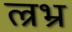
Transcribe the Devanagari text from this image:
ल्रभ्र